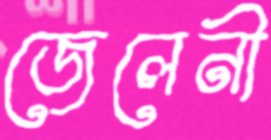
জেলেনী